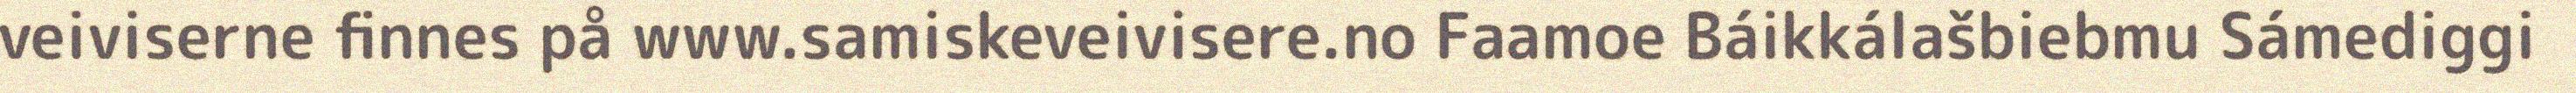
veiviserne finnes på www.samiskeveivisere.no Faamoe Báikkálašbiebmu Sámediggi